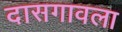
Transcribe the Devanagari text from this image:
दासगावला